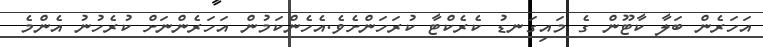
އަހަރެން ބަލާ ކާޓޫން ގެ މައިގަނޑު ކެރެކްޓާ ކުރަހަންށެވެ.އެހެންކަމުން އަހަރެންނަށް ކުރެހުނު އެންމެ